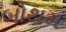
બોથમ